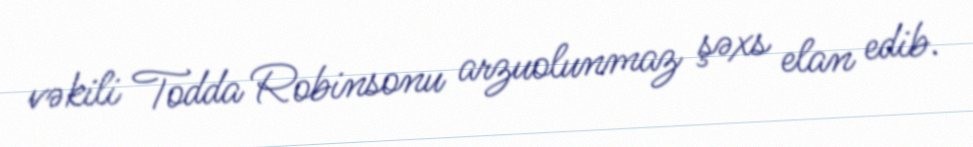
vəkili Todda Robinsonu arzuolunmaz şəxs elan edib.